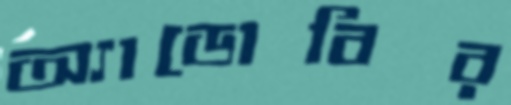
অ্যাডোবির